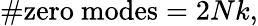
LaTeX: \# \mathrm{zero~modes}=2Nk,